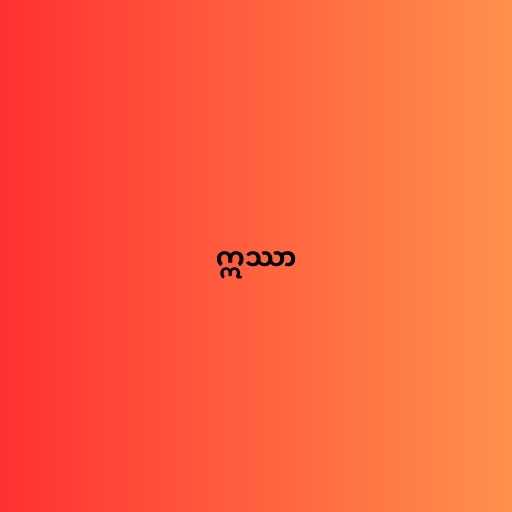
ဣဿာ